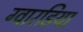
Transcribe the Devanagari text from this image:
ग्वारडिया